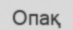
Опақ